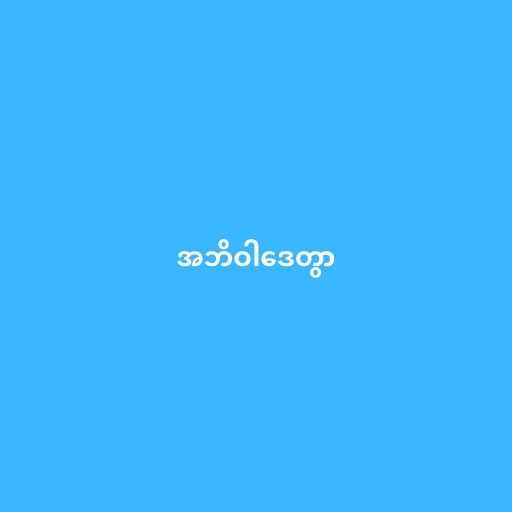
အဘိဝါဒေတွာ